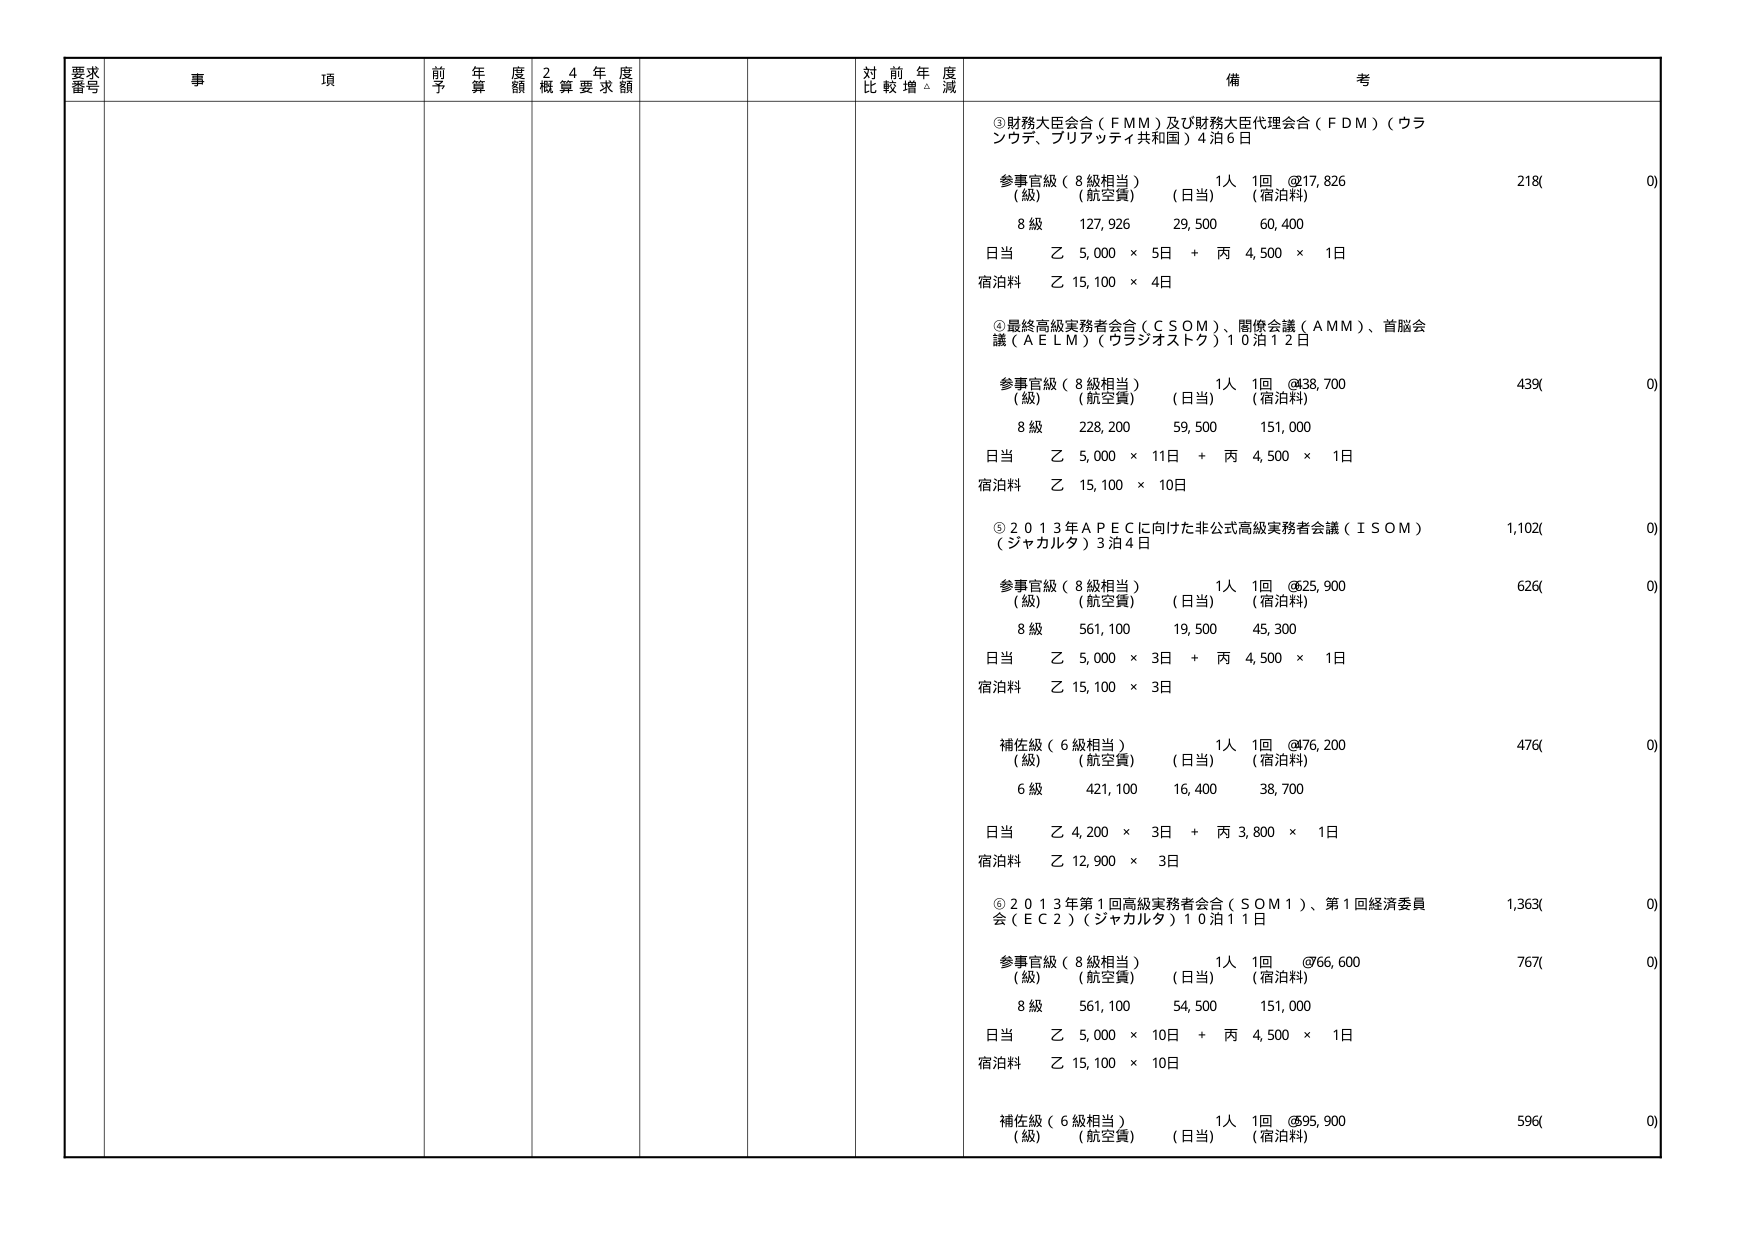
要求番号 事項 前年度予算額 24年度概算要求額 対前年度比較増減 備考
③財務大臣会合（ＦＭＭ）及び財務大臣代理会合（ＦＤＭ）（ウランウデ、ブリアッティ共和国）4泊6日
参事官級（8級相当） 1人 1回 @17,826 218(0)
（級）（航空費）（日当）（宿泊料）
8級 127,926 29,500 60,400
日当 乙 5,000 × 5日 + 丙 4,500 × 1日
宿泊料 乙 15,100 × 4日
④最終高級実務者会合（ＣＳＯＭ）、閣僚会議（ＡＭＭ）、首脳会議（ＡＥＬＭ）（ウラジオストク）10泊12日
参事官級（8級相当） 1人 1回 @38,700 439(0)
（級）（航空費）（日当）（宿泊料）
8級 228,200 59,500 151,000
日当 乙 5,000 × 11日 + 丙 4,500 × 1日
宿泊料 乙 15,100 × 10日
⑤2013年ＡＰＥＣに向けた非公式高級実務者会議（ＩＳＯＭ）（ジャカルタ）3泊4日
参事官級（8級相当） 1人 1回 @25,900 626(0)
（級）（航空費）（日当）（宿泊料）
8級 561,100 19,500 45,300
日当 乙 5,000 × 3日 + 丙 4,500 × 1日
宿泊料 乙 15,100 × 3日
補佐級（6級相当） 1人 1回 @76,200 476(0)
（級）（航空費）（日当）（宿泊料）
6級 421,100 16,400 38,700
日当 乙 4,200 × 3日 + 丙 3,800 × 1日
宿泊料 乙 12,900 × 3日
⑥2013年第1回高級実務者会合（ＳＯＭ1）、第1回経済委員会（ＥＣ2）（ジャカルタ）10泊11日
参事官級（8級相当） 1人 1回 @66,600 767(0)
（級）（航空費）（日当）（宿泊料）
8級 561,100 54,500 151,000
日当 乙 5,000 × 10日 + 丙 4,500 × 1日
宿泊料 乙 15,100 × 10日
補佐級（6級相当） 1人 1回 @95,900 596(0)
（級）（航空費）（日当）（宿泊料）